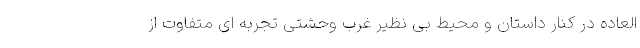
العاده در کنار داستان و محیط بی نظیر غرب وحشتی تجربه ای متفاوت از